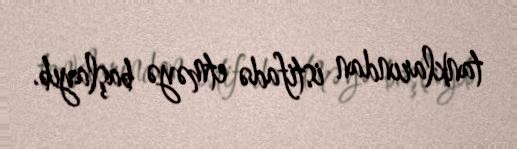
tanklarından istifadə etməyə başlayıb.